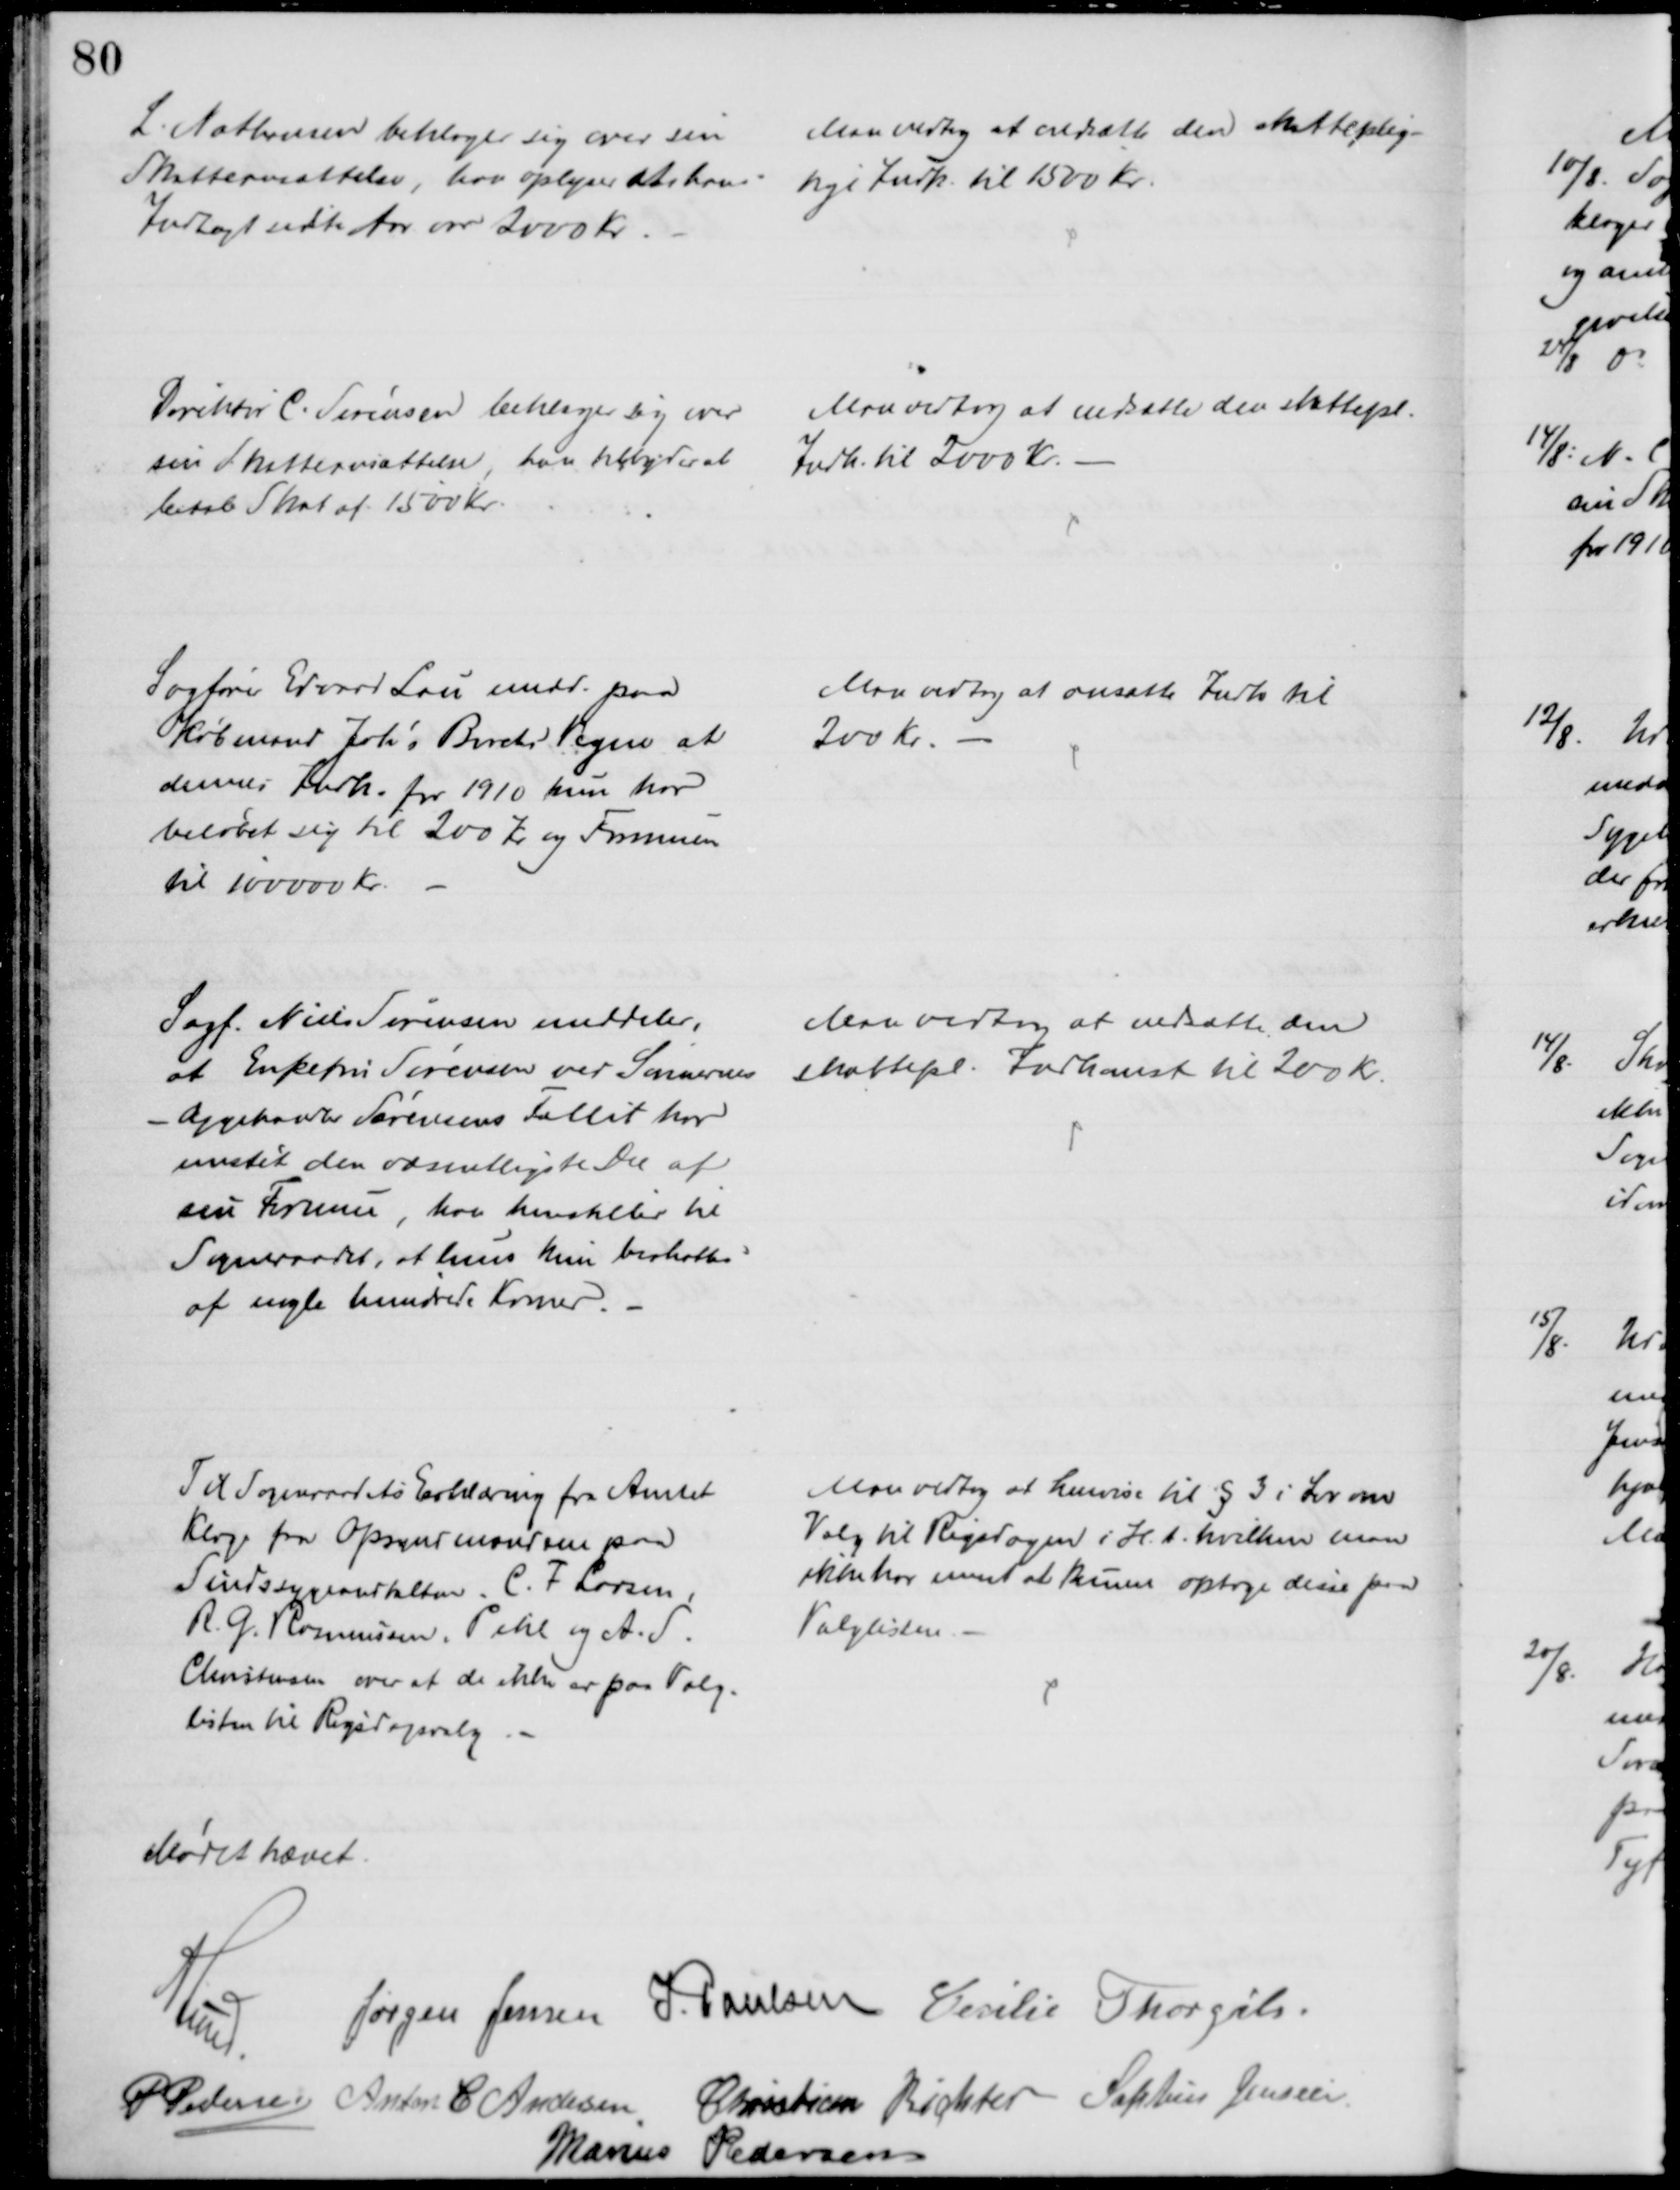
Transskription:
L. Nathansen beklager sig over sin 
Skatteansættelse, har oplyser at hans
Indtægt sidste Aar var 2000 Kr.
Man vedtog at nedsætte den skatteplig-
tige Indk. til 1500 Kr.
Direktør C. Sørensen beklager sig over
sin Skatteansættelse, han tilbyder at
betale Skat af 1500 Kr.
Man vedtog at nedsætte den skattepl.
Indk. til 2000 Kr.
Sagfører Edvard Lau medd. paa
Købmand Johs Birchs Vegne at
dennes Indk. for 1910 kun har
beløbet sig til 200 Kr og Formuen
til 100000 Kr.
Man vedtog at ansætte Indk til
200 Kr.
Sagf. Niels Sørensen meddeler,
at Enkefru Sørensen ved Sønnernes
- Æggehandler Sørensens Fallit har 
mistet den væsentligste Del af
sin Formue, han henstiller til
Sogneraadet, at hun kun beskattes
af nogle hundrede Komer.
Man vedtog at nedsætte den
skattepl. Indkomst til 200 Kr.
Til Sogneraadets Erklæring fra Amtet
Klage fra Opsynsmændene paa
Sindssygeanstalten. C. F. Larsen,
R. G. Rasmusen, Pihl og A. S.
Christensen over at de ikke er paa Valg-
listen til Rigsdagsvalg
Man vedtog at henvise til § 3 i Lov om
Valg til Rigsdagen i H.t. hvilken man
ikke har ment at kunne optage disse paa 
Valglisten.
Mødet hævet.
A. Lund. 
Jørgen Jensen J. Poulsen Cecilie Thorgils.
P Pedersen
Anton C. Andersen
Christian Richter Sophus Jensen
Marius Pedersen